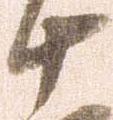
十